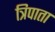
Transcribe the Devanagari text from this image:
त्रिपाता